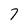
Character: 7